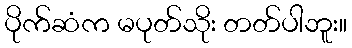
ပိုက်ဆံက မပုတ်သိုး တတ်ပါဘူး။